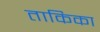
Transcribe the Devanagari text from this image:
ताकिका